Civil Veterinary Department Bihar & Orissa reports 1929-36 - 1929-1936
Year: 1929
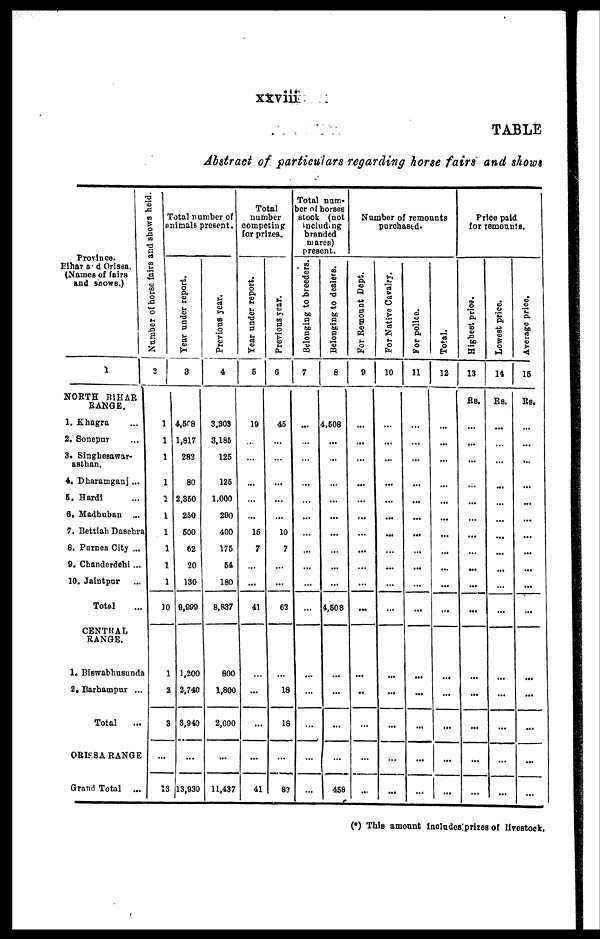
xxviii
TABLE
Abstract of particulars regarding horse fairs and shows
Province.
Eihar and Orissa.
(Names of fairs
and snows.)
1
NORTH BIHAR
RANGE.
1. Khagra ...
2. Sonepur ...
3. Singhesawar-
asthan.
4. Dharamganj ...
5. Hardi ...
6. Madhuban ...
7. Bettiah Dasehra
8. Purnea City ...
9. Chanderdehi ...
10. Jaintpur ...
Total ...
CENTRAL
RANGE.
1. Biswabhusunda
2. Barhampur ...
Total ...
ORISSA RANGE
Grand Total ...
Number of horse fairs and shows held.
2
1
1
1
1
1
1
1
1
1
1
10
1
2
3
...
18
Total number of
animals present.
Year under report.
3
4,508
1,817
283
80
2,860
250
600
62
20
130
0,990
1,200
2,740
3,940
...
13,930
Previous year.
4
3,303
3,186
126
126
1.000
200
400
176
64
180
8,837
800
1,800
2,600
...
11,437
Total
number
competing
for prizes.
Year under report.
6
19
...
...
...
...
...
16
7
...
...
41
...
...
...
...
41
Previous year.
6
46
...
...
...
...
...
10
7
...
...
03
...
18
18
...
80
Total num-
ber of horses
stock (not
including
branded
mares)
present.
Belonging to breeders.
7
1
...
...
...
...
...
...
...
...
...
...
...
...
...
...
...
...
Belonging to dealers.
8
4.608
...
...
...
...
...
...
...
...
...
4,608
...
...
...
...
468
Number of remounts
purchased.
For Remount Dept.
9
...
...
...
...
...
...
...
...
...
...
...
...
..
...
...
...
For Native Cavalry.
10
...
...
...
...
...
...
...
...
...
...
...
...
...
...
...
...
For police.
11
...
...
...
...
...
...
...
...
...
...
...
...
...
...
...
...
Total.
12
...
...
...
...
...
...
...
...
...
...
...
...
...
...
...
...
Price paid
for remounts.
Highest price.
13
Rs.
...
...
...
...
...
...
...
...
...
...
...
...
...
...
...
...
Lowest price.
14
Rs.
...
...
...
...
...
...
...
...
...
...
...
...
...
...
...
...
Average price.
16
Rs.
...
...
...
...
...
...
...
...
...
...
...
...
...
...
...
...
(*) This amount includes prizes of livestock.